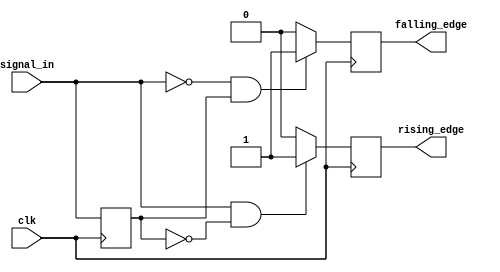
module dual_edge_detector (
    input wire clk,                // Clock input
    input wire signal_in,          // Input signal to detect edges
    output reg rising_edge,        // Output pulse for rising edge detection
    output reg falling_edge        // Output pulse for falling edge detection
);

    reg signal_in_prev;            // Previous state of the input signal

    // Edge detection logic
    always @(posedge clk) begin
        // Capture the input signal at the rising edge of the clock
        if (signal_in && ~signal_in_prev) begin
            rising_edge <= 1'b1;   // Rising edge detected
        end 
        else begin
            rising_edge <= 1'b0;   // No rising edge
        end
        
        if (~signal_in && signal_in_prev) begin
            falling_edge <= 1'b1;  // Falling edge detected
        end 
        else begin
            falling_edge <= 1'b0;   // No falling edge
        end
        
        // Update the previous input state
        signal_in_prev <= signal_in;
    end

endmodule